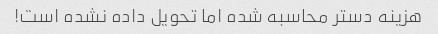
هزینه دستر محاسبه شده اما تحویل داده نشده است!